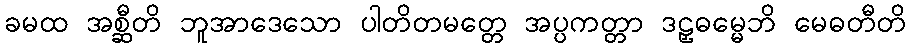
ခမထ အစ္ဆီတိ ဘူအာဒေသော ပါတိတမတ္တေ အပ္ပကတ္တာ ဒဠှဓမ္မေဘိ မေဓတီတိ